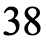
38